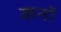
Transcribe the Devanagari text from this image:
कनों